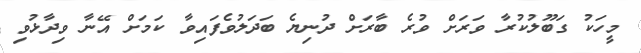
މީހަކު ގަބޫލުކުރާ ވަރަށް ވުރެ ބާރަށް ދުނިޔެ ބަދަލުވެފައިވާ ކަމަށް އޭނާ ވިދާޅުވި